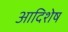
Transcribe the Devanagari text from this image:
आदिशेष